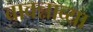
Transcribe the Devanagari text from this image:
बावन्नाव्या